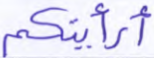
أرأيتكم